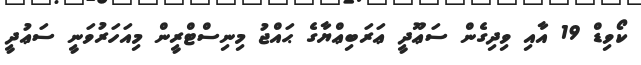
ކޯވިޑް 19 އާއި ވިދިގެން ސަޢޫދީ ޢަރަބިޢްޔާގެ ޙައްޖު މިނިސްޓްރީން މިއަހަރުވަނީ ސަޢުދީ